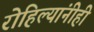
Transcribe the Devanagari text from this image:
रोहिल्यांनीही